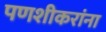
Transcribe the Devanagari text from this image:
पणशीकरांना